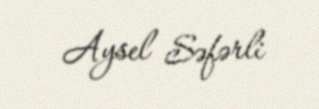
Aysel Səfərli